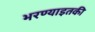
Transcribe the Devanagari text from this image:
भरण्याइतकी